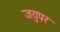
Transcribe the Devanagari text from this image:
जयुपर